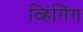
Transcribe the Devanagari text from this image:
व्हिंगिंग